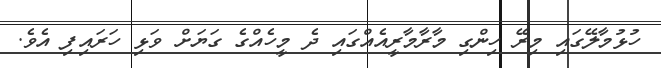
ހުޅުމާލޭގައި މިރޭ ހިންގި މާރާމާރީއެއްގައި ދެ މީހެއްގެ ގަޔަށް ވަޅި ހަރައިފި އެވެ.